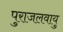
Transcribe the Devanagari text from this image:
पुराजलवायु